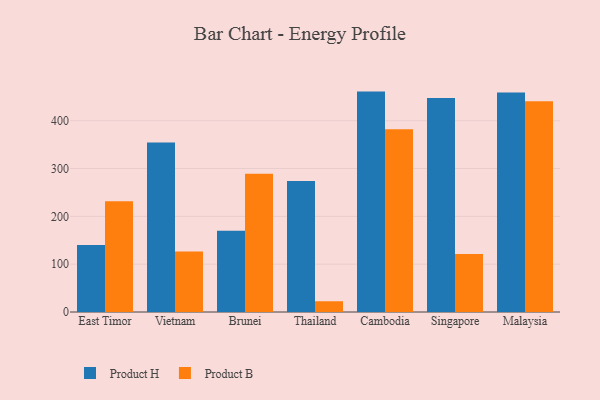
{"axis": {"x": "Country", "y": "Temperature (°C)"}, "legend": ["Product B", "Product H"], "data": [{"x": "East Timor", "y": 140.3, "type": "Product H"}, {"x": "East Timor", "y": 231.8, "type": "Product B"}, {"x": "Vietnam", "y": 354.2, "type": "Product H"}, {"x": "Vietnam", "y": 126.3, "type": "Product B"}, {"x": "Brunei", "y": 169.9, "type": "Product H"}, {"x": "Brunei", "y": 289.3, "type": "Product B"}, {"x": "Thailand", "y": 273.7, "type": "Product H"}, {"x": "Thailand", "y": 22.5, "type": "Product B"}, {"x": "Cambodia", "y": 460.9, "type": "Product H"}, {"x": "Cambodia", "y": 382.4, "type": "Product B"}, {"x": "Singapore", "y": 447.5, "type": "Product H"}, {"x": "Singapore", "y": 121.3, "type": "Product B"}, {"x": "Malaysia", "y": 458.8, "type": "Product H"}, {"x": "Malaysia", "y": 440.7, "type": "Product B"}]}